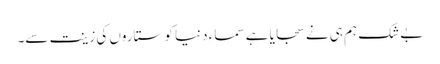
بے شک ہم ہی نے سجایا ہے سماء دنیا کو ستاروں کی زینت سے۔